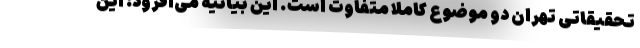
تحقیقاتی تهران دو موضوع کاملاً متفاوت است. این بیانیه می‌افزود: این